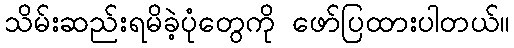
သိမ်းဆည်းရမိခဲ့ပုံတွေကို ဖော်ပြထားပါတယ်။